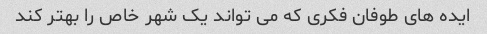
ایده های طوفان فکری که می تواند یک شهر خاص را بهتر کند